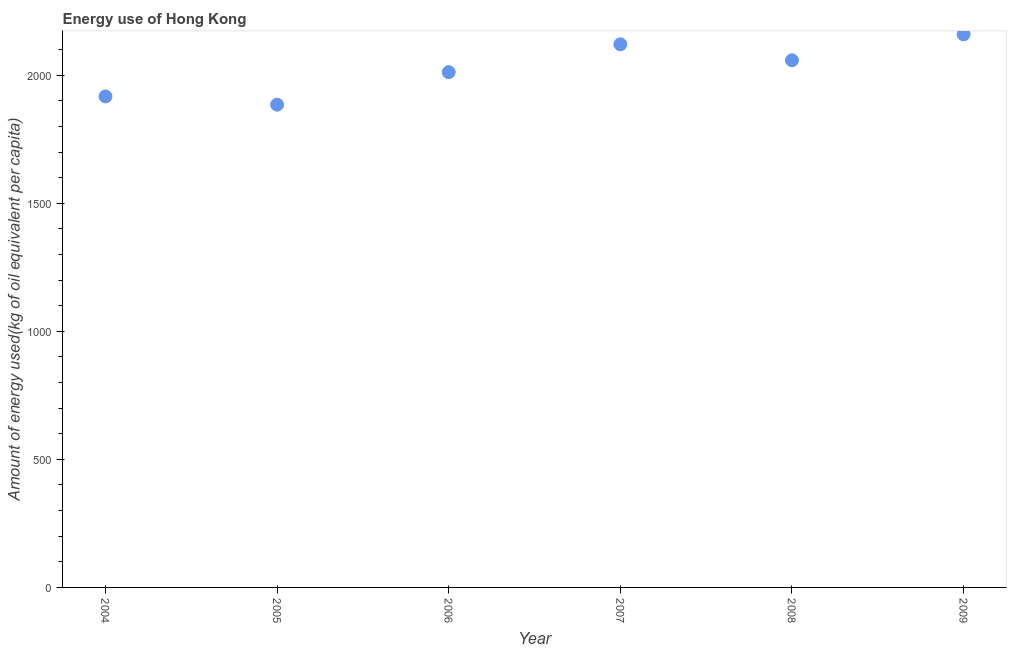
| Year | Energy use  |
 | --- | --- |
 | 2004 | 1.92e+03 |
 | 2005 | 1.88e+03 |
 | 2006 | 2.01e+03 |
 | 2007 | 2.12e+03 |
 | 2008 | 2.06e+03 |
 | 2009 | 2.16e+03 |